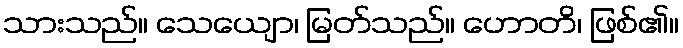
သားသည်။ သေယျော၊ မြတ်သည်။ ဟောတိ၊ ဖြစ်၏။